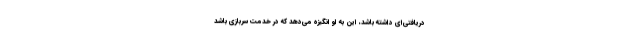
دریافتی‌ای داشته باشد، این به او انگیزه می‌دهد که در خدمت سربازی باشد